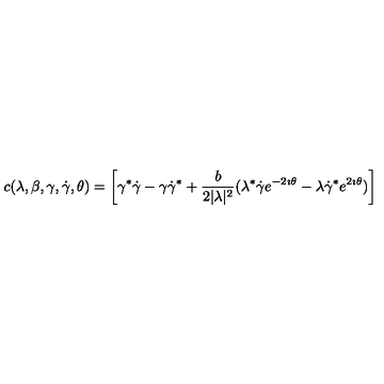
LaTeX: c ( \lambda , \beta , \gamma , \dot { \gamma } , \theta ) = \left[ \gamma ^ { * } \dot { \gamma } - \gamma \dot { \gamma } ^ { * } + \frac { b } { 2 | \lambda | ^ { 2 } } ( \lambda ^ { * } \dot { \gamma } e ^ { - 2 \imath \theta } - \lambda \dot { \gamma } ^ { * } e ^ { 2 \imath \theta } ) \right]